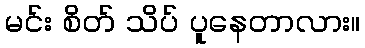
မင်း စိတ် သိပ် ပူနေတာလား။